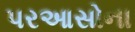
પરઆસોના